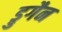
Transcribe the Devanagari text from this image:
ड्रुगैन